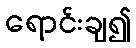
ရောင်းချ၍